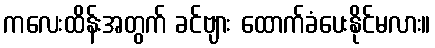
ကလေးထိန်းအတွက် ခင်ဗျား ထောက်ခံပေးနိုင်မလား။